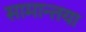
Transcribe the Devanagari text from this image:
सामान्तया